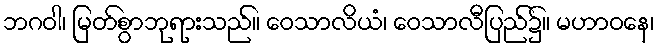
ဘဂဝါ၊ မြတ်စွာဘုရားသည်။ ဝေသာလိယံ၊ ဝေသာလီပြည်၌။ မဟာဝနေ၊